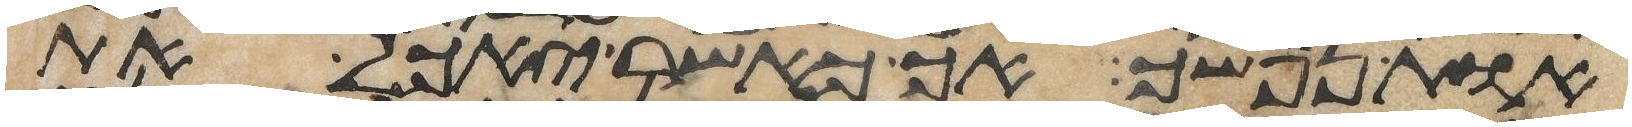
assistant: אות נפשך אך כאשר יאכל את